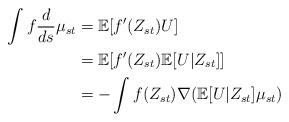
LaTeX: \begin{align*}\int f\frac{d}{ds}\mu_{st}&=\mathbb{E}[f'(Z_{st})U]\\&=\mathbb{E}[f'(Z_{st})\mathbb{E}[U|Z_{st}]]\\&=-\int f(Z_{st})\nabla(\mathbb{E}[U|Z_{st}]\mu_{st})\end{align*}